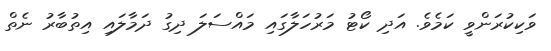
ވަކިކުރަންވީ ކަމެވެ. އަދި ކޯޓު މަރުހަލާގައި މައްސަލަ ދިގު ދަމާލައި އިތުބާރު ނެތް